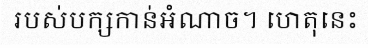
របស់បក្សកាន់អំណាច។ ហេតុនេះ